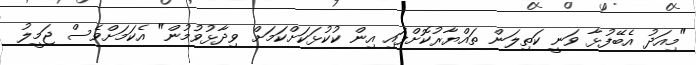
"މިއަދު އެބޭފުޅާ ވަނީ ކަތިލަން ތައްޔާރުކޮށްފައި އިން ކުކުޅަކަށްކަމަށް ވިދާޅުވުމުން" އެކަމަށްވެސް ޖަމީލު